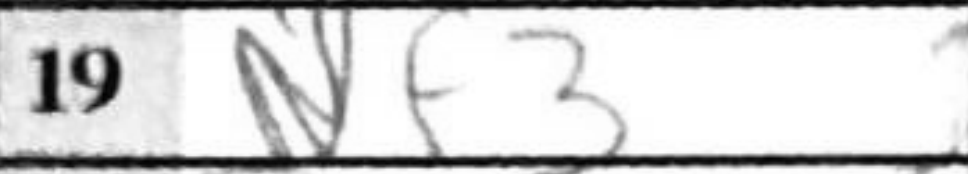
Transcription: Nf3